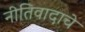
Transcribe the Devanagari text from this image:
नीतिवादाचे